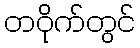
တဝိုက်တွင်